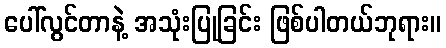
ပေါ်လွင်တာနဲ့ အသုံးပြုခြင်း ဖြစ်ပါတယ်ဘုရား။